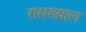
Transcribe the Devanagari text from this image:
रासख्याल